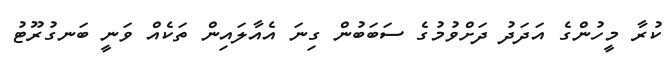
ކުރާ މީހުންގެ އަދަދު ދަށްވުމުގެ ސަބަބުން ގިނަ އެއާލައިން ތަކެއް ވަނީ ބަނގުރޫޓު